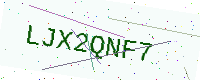
Text: LJX2QNF7